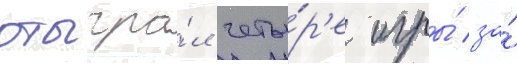
отыгра́л четы́р'е игры́ за́